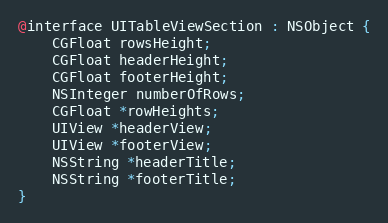
Language: C
@interface UITableViewSection : NSObject {
    CGFloat rowsHeight;
    CGFloat headerHeight;
    CGFloat footerHeight;
    NSInteger numberOfRows;
    CGFloat *rowHeights;
    UIView *headerView;
    UIView *footerView;
    NSString *headerTitle;
    NSString *footerTitle;
}